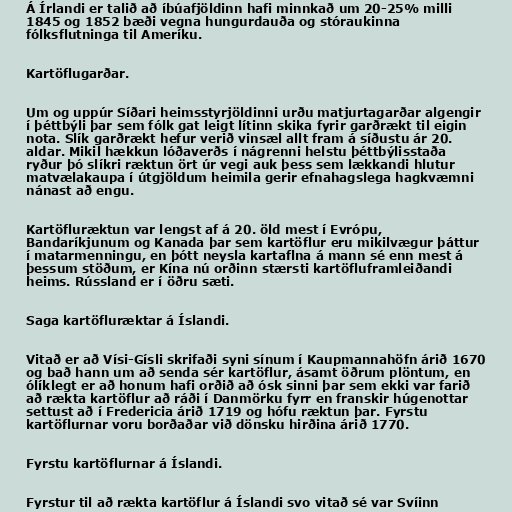
Á Írlandi er talið að íbúafjöldinn hafi minnkað um 20-25% milli
1845 og 1852 bæði vegna hungurdauða og stóraukinna
fólksflutninga til Ameríku.

Kartöflugarðar.

Um og uppúr Síðari heimsstyrjöldinni urðu matjurtagarðar algengir
í þéttbýli þar sem fólk gat leigt lítinn skika fyrir garðrækt til eigin
nota. Slík garðrækt hefur verið vinsæl allt fram á síðustu ár 20.
aldar. Mikil hækkun lóðaverðs í nágrenni helstu þéttbýlisstaða
ryður þó slíkri ræktun ört úr vegi auk þess sem lækkandi hlutur
matvælakaupa í útgjöldum heimila gerir efnahagslega hagkvæmni
nánast að engu.

Kartöfluræktun var lengst af á 20. öld mest í Evrópu,
Bandaríkjunum og Kanada þar sem kartöflur eru mikilvægur þáttur
í matarmenningu, en þótt neysla kartaflna á mann sé enn mest á
þessum stöðum, er Kína nú orðinn stærsti kartöfluframleiðandi
heims. Rússland er í öðru sæti.

Saga kartöfluræktar á Íslandi.

Vitað er að Vísi-Gísli skrifaði syni sínum í Kaupmannahöfn árið 1670
og bað hann um að senda sér kartöflur, ásamt öðrum plöntum, en
ólíklegt er að honum hafi orðið að ósk sinni þar sem ekki var farið
að rækta kartöflur að ráði í Danmörku fyrr en franskir húgenottar
settust að í Fredericia árið 1719 og hófu ræktun þar. Fyrstu
kartöflurnar voru borðaðar við dönsku hirðina árið 1770.

Fyrstu kartöflurnar á Íslandi.

Fyrstur til að rækta kartöflur á Íslandi svo vitað sé var Svíinn